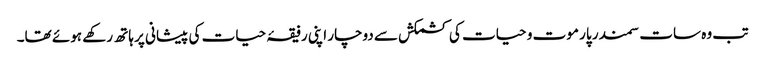
تب وہ سات سمندر پار موت و حیات کی کشمکش سے دوچار اپنی رفیقۂ حیات کی پیشانی پر ہاتھ رکھے ہوئے تھا۔